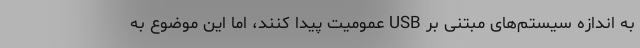
به اندازه سیستم‌های مبتنی بر USB عمومیت پیدا کنند، اما این موضوع به